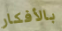
بالأفكار